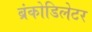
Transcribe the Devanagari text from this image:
ब्रंकोडिलेटर